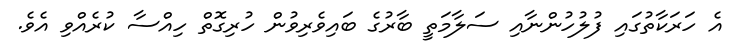
އެ ހަރަކާތުގައި ފުލުހުންނާއި ސަލާމަތީ ބާރުގެ ބައިވެރިވުން ހުރިގޮތް ހިއްސާ ކުރެއްވި އެވެ.